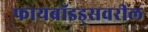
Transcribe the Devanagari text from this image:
फायब्रॉइड्‌सवरील